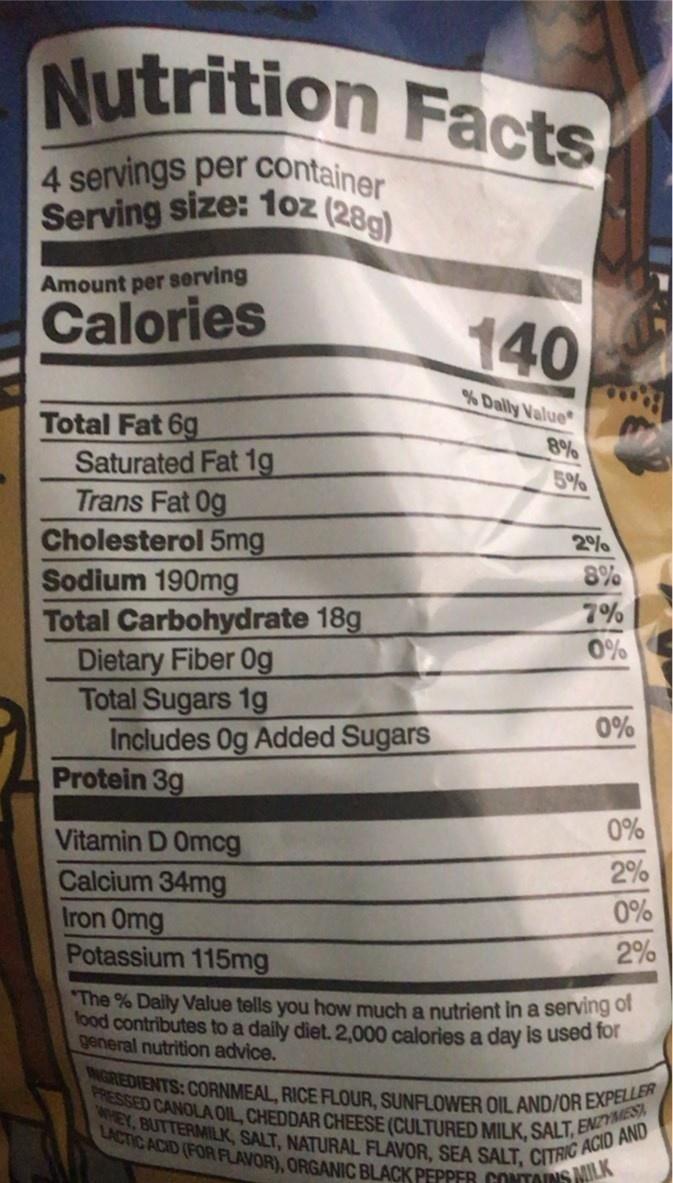
HEY, BUTTERMILK, SALT, NATURAL FLAVOR, SEA SALT, CITRIC AGID AND INGREDIENTS: CORNMEAL, RICE FLOUR, SUNFLOWER OIL AND/OR EXPELLER LACTIC ACID (FOR FLAVOR), ORGANIC BLACK PEPPER CONTAINS MILK
PRESSED CANOLA OIL, CHEDDAR CHEESE (CULTURED MILK, SALT, EZYMES
Serving size: 1oz (28g)
Nutrition Facts
4 servings per container Serving size: 1oz (280)
Amount per serving
Calories
140
% Dally Value
Total Fat 6g Saturated Fat 1g Trans Fat 0g Cholesterol 5mg Sodium 190mg Total Carbohydrate 18g Dietary Fiber Og Total Sugars 1g Includes 0g Added Sugars Protein 3g
8%
5%
2%
8%
7%
0%
0%
0%
Vitamin D Omcg Calcium 34mg Iron Omg Potassium 115mg
2%
0%
2%
The % Daily Value tells you how much a nutrient in a serving o food contributes to a daily diet. 2,000 calories a day is used for general nutrition advice.